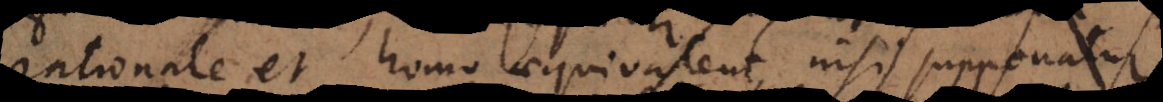
rationale et homo aequivalent, nisi supponatur